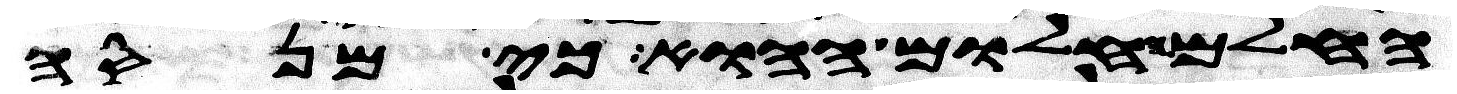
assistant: החלם החלום ההוא כי מנסה